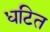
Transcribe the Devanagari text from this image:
धटित